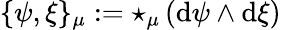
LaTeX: \{ \psi,\xi\} _{\mu}:=\star_{\mu}\, (\mathrm{d}\psi\wedge\mathrm{d}\xi)